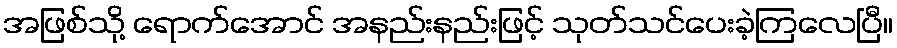
အဖြစ်သို့ ရောက်အောင် အနည်းနည်းဖြင့် သုတ်သင်ပေးခဲ့ကြလေပြီ။